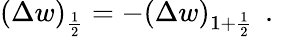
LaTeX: {\left(\Delta w\right)_{\frac{1}{2}}=-\left(\Delta w\right)_{1+\frac{1}{2}}\, \mathrm{~.~}}